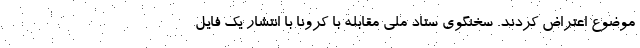
موضوع اعتراض کردند. سخنگوی ستاد ملی مقابله با کرونا با انتشار یک فایل